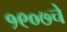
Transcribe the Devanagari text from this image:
१९०७चे